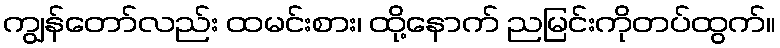
ကျွန်တော်လည်း ထမင်းစား၊ ထို့နောက် ညမြင်းကိုတပ်ထွက်။